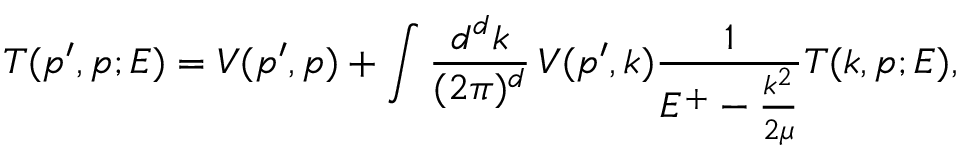
T ( p ^ { \prime } , p ; E ) = V ( p ^ { \prime } , p ) + \int \frac { d ^ { d } k } { ( 2 \pi ) ^ { d } } \, V ( p ^ { \prime } , k ) \frac { 1 } { E ^ { + } - \frac { k ^ { 2 } } { 2 \mu } } T ( k , p ; E ) ,